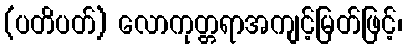
(ပတိပတ်) လောကုတ္တရာအကျင့်မြတ်ဖြင့်၊